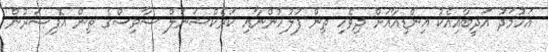
އަހުމަދު އަދީބާއިއެކު އިންޑިއާއަށް ދިވެހި ތިން ފުލުހުންނާއި ކަރެކްޝަނަލް ސާވިސްގެ ތިން އޮފިސަރުން